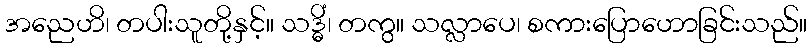
အညေဟိ၊ တပါးသူတို့နှင့်။ သဒ္ဓိံ၊ တကွ။ သလ္လာပေ၊ စကားပြောဟောခြင်းသည်။